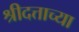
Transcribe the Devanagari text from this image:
श्रीदत्ताच्या